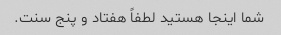
شما اینجا هستید لطفاً هفتاد و پنج سنت.